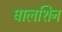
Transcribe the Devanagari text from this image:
घालशिन